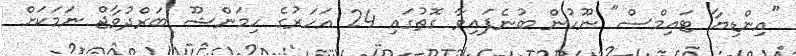
"އިންޑިޔާ ޓައިމްސް" ނޫހުން ބުނެފައިވާ ގޮތުގައި 24 އަހަރުގެ ހިމަންޝޫ ބަރްދުވާޖް ނަމަކަށް